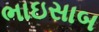
ભાઇસાબ